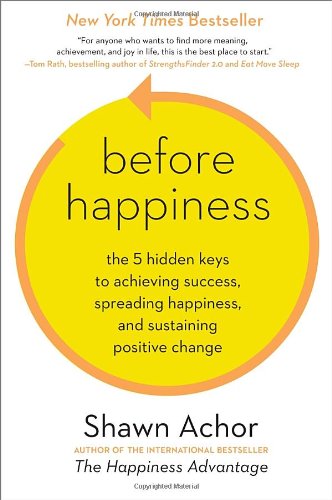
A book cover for Before Happiness: The 5 Hidden Keys to Achieving Success, Spreading Happiness, and Sustaining Positive Change; Shawn Achor; Health, Fitness & Dieting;